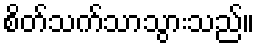
စိတ်သက်သာသွားသည်။